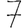
Digit: 7